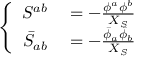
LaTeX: \left\{ \begin{array} { r l } { { S ^ { a b } } } & { { } { { } = - \frac { \phi ^ { a } \phi ^ { b } } { X _ { S } } } } \\ { { \bar { S } _ { a b } } } & { { } { { } = - \frac { \bar { \phi } _ { a } \bar { \phi } _ { b } } { X _ { S } } } } \end{array} \right.